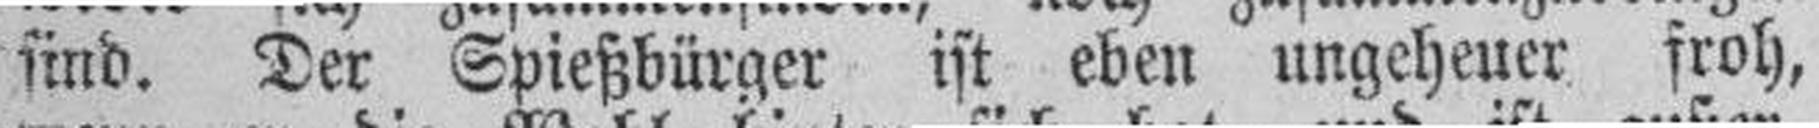
sind. Der Spießbürger ist eben ungeheuer froh,